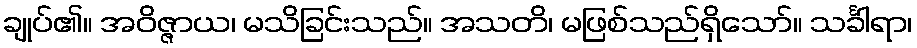
ချုပ်၏။ အဝိဇ္ဇာယ၊ မသိခြင်းသည်။ အသတိ၊ မဖြစ်သည်ရှိသော်။ သင်္ခါရာ၊